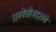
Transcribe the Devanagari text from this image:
तब्येतीबद्दलचे